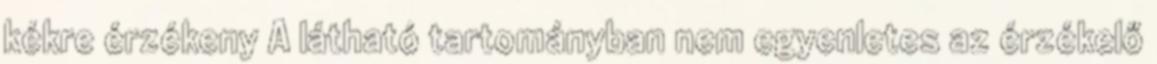
kékre érzékeny A látható tartományban nem egyenletes az érzékelő